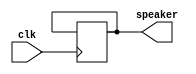
module gunSound(
	input clk,
	output speaker
    );
	reg [14:0] counter;
	always @(posedge clk) if(counter==56816) counter<=0; else counter <= counter+1;

	reg speaker;
	always @(posedge clk) if(counter==56816) speaker <= ~speaker;
endmodule